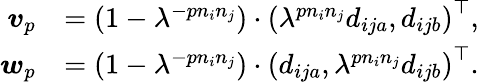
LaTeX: \begin{array}{rl}{\boldsymbol{v}_{p}}&{=(1-\lambda^{-pn_{i}n_{j}})\cdot\left(\lambda^{pn_{i}n_{j}}d_{ija},d_{ijb}\right)^{\top},}\\ {\boldsymbol{w}_{p}}&{=(1-\lambda^{-pn_{i}n_{j}})\cdot\left(d_{ija},\lambda^{pn_{i}n_{j}}d_{ijb}\right)^{\top}.}\end{array}